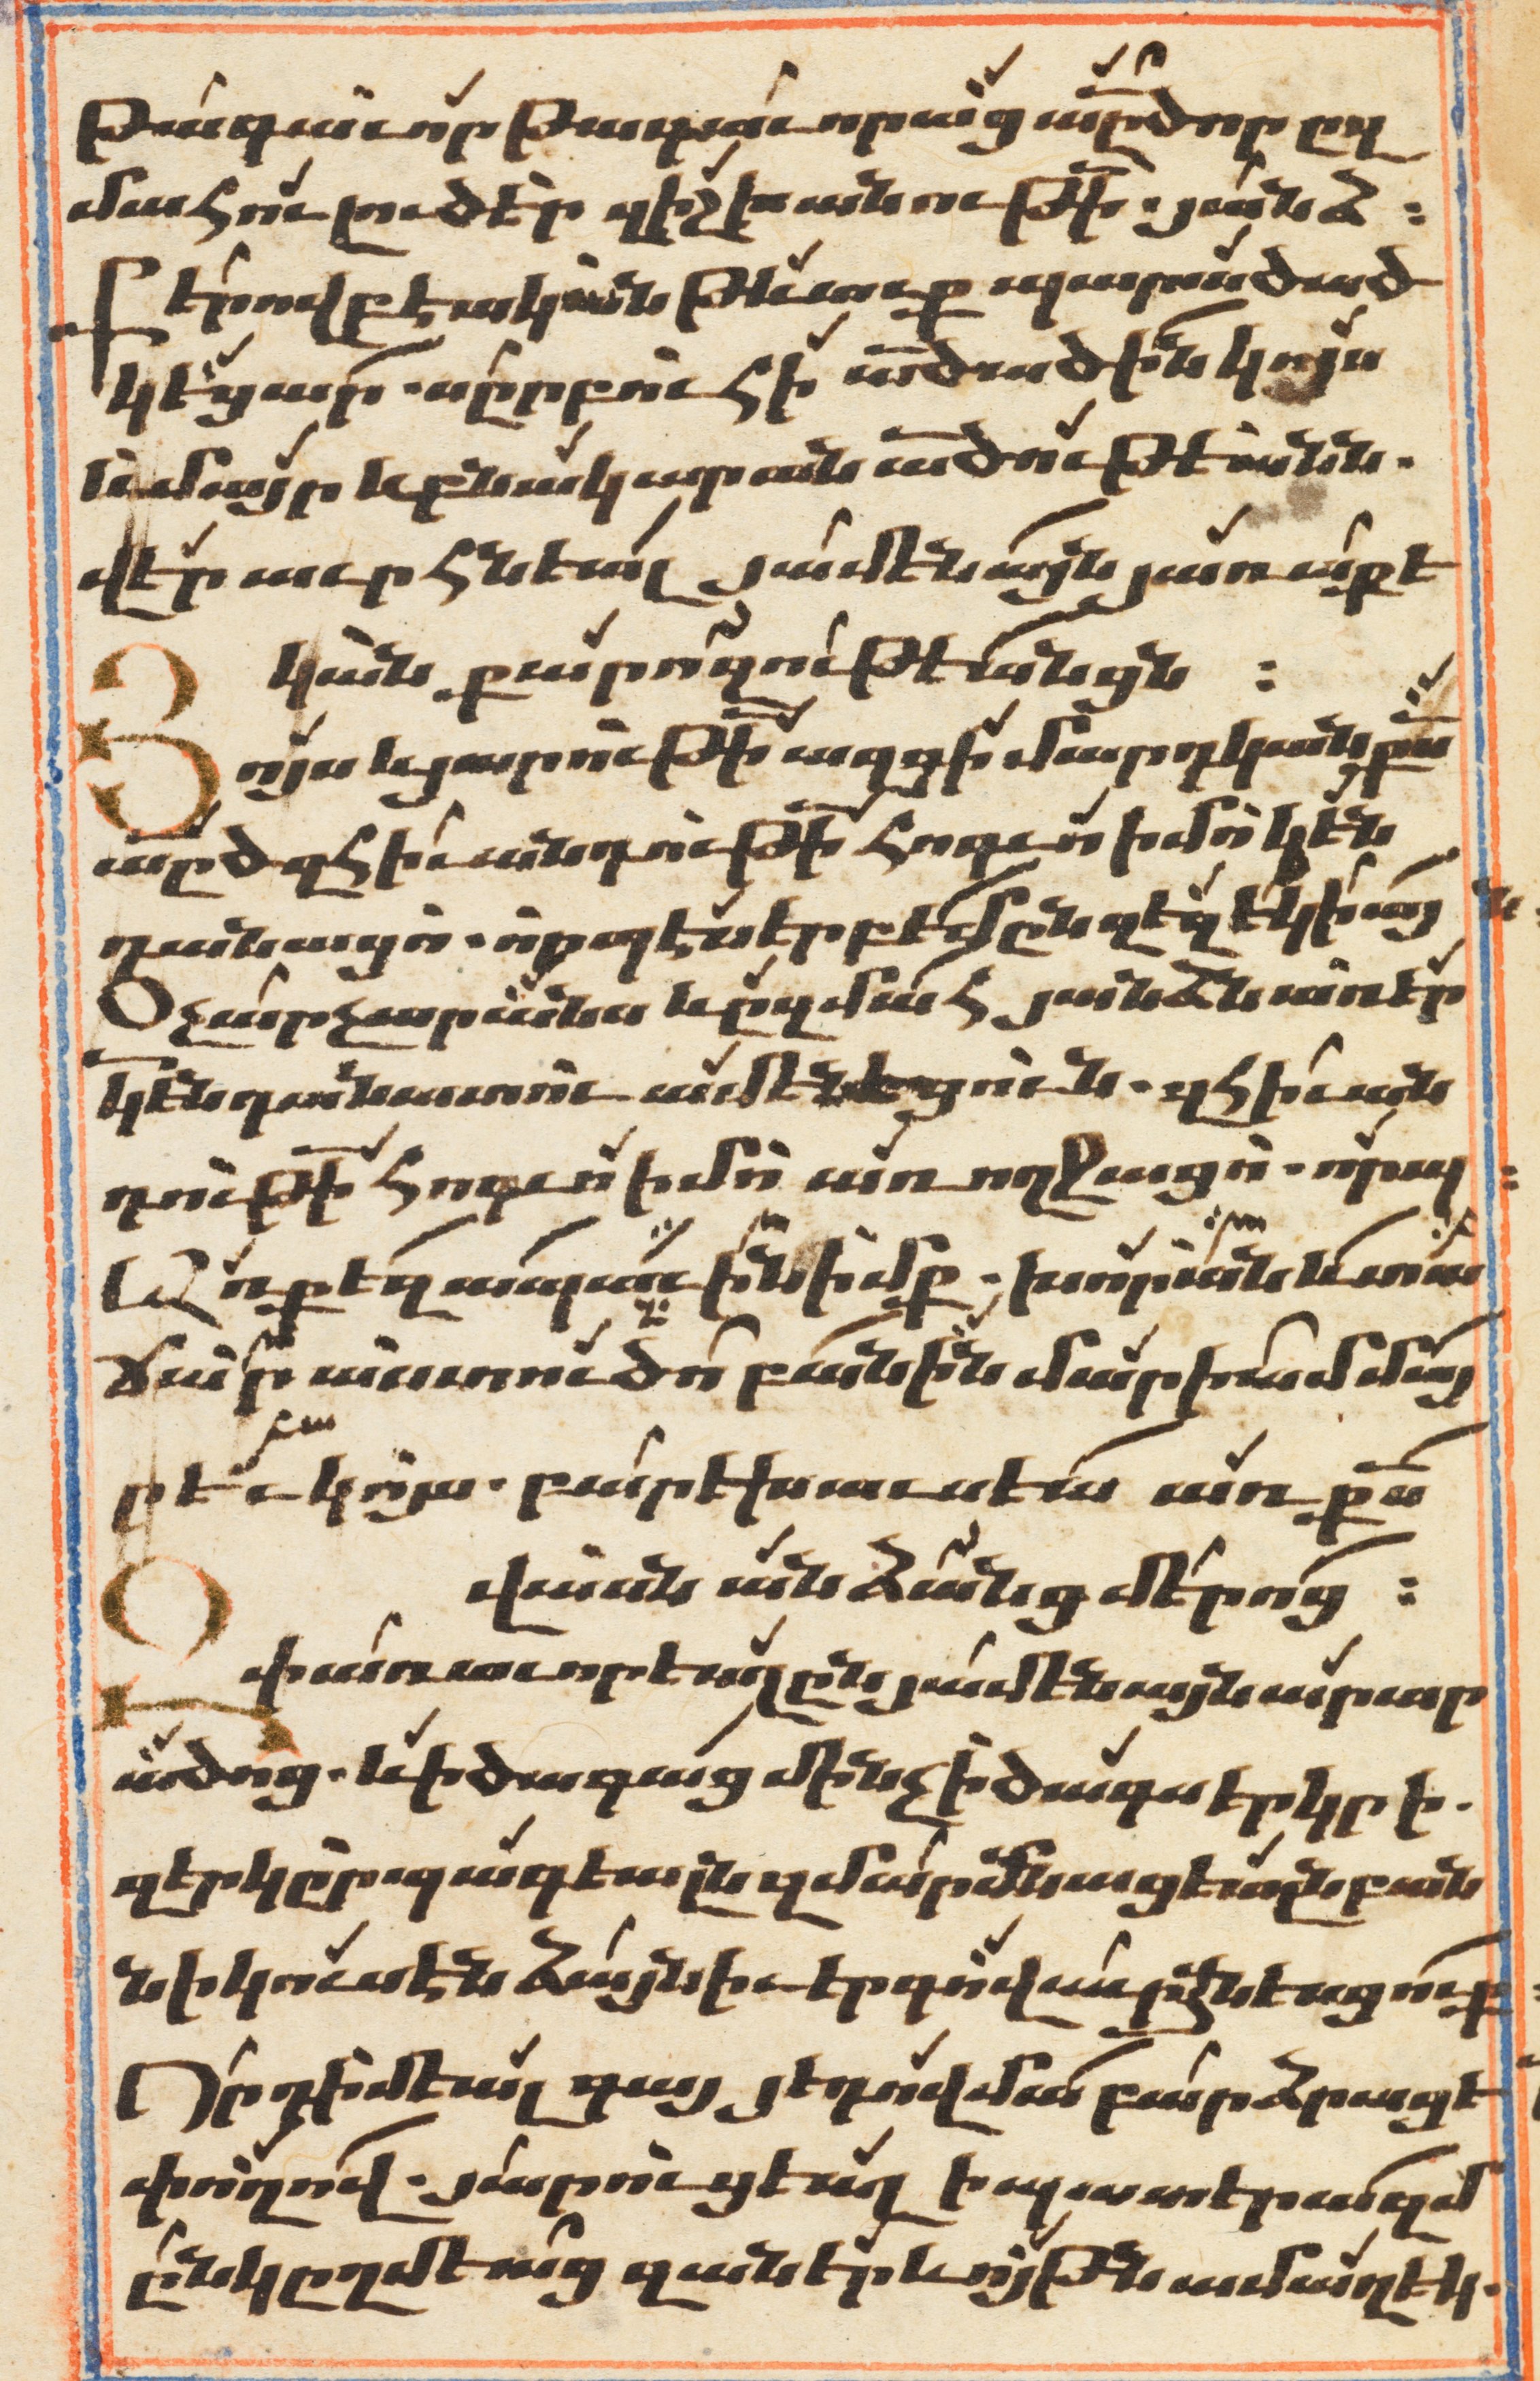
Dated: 1647–1647